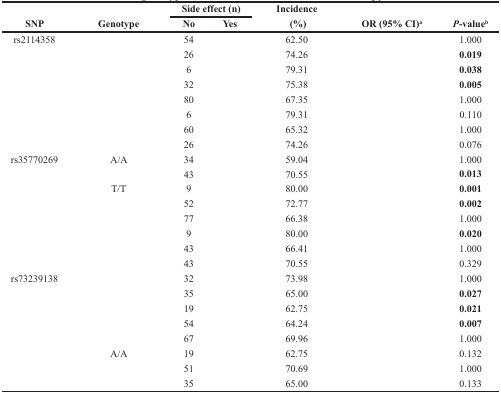
<table><thead><tr><td rowspan="2"><b>SNP</b></td><td rowspan="2"><b>Genotype</b></td><td colspan="2"><b>Side effect (n)</b></td><td rowspan="2"><b>Incidence (%)</b></td><td rowspan="2"><b>OR (95% CI)<sup>a</sup></b></td><td rowspan="2"><b><i>P</i>-value<sup>b</sup></b></td></tr><tr><td><b>No</b></td><td><b>Yes</b></td></tr></thead><tbody><tr><td>rs2114358</td><td>[EMPTY_CELL]</td><td>54</td><td>[EMPTY_CELL]</td><td>62.50</td><td>[EMPTY_CELL]</td><td>1.000</td></tr><tr><td>[EMPTY_CELL]</td><td>[EMPTY_CELL]</td><td>26</td><td>[EMPTY_CELL]</td><td>74.26</td><td>[EMPTY_CELL]</td><td><b>0.019</b></td></tr><tr><td>[EMPTY_CELL]</td><td>[EMPTY_CELL]</td><td>6</td><td>[EMPTY_CELL]</td><td>79.31</td><td>[EMPTY_CELL]</td><td><b>0.038</b></td></tr><tr><td>[EMPTY_CELL]</td><td>[EMPTY_CELL]</td><td>32</td><td>[EMPTY_CELL]</td><td>75.38</td><td>[EMPTY_CELL]</td><td><b>0.005</b></td></tr><tr><td>[EMPTY_CELL]</td><td>[EMPTY_CELL]</td><td>80</td><td>[EMPTY_CELL]</td><td>67.35</td><td>[EMPTY_CELL]</td><td>1.000</td></tr><tr><td>[EMPTY_CELL]</td><td>[EMPTY_CELL]</td><td>6</td><td>[EMPTY_CELL]</td><td>79.31</td><td>[EMPTY_CELL]</td><td>0.110</td></tr><tr><td>[EMPTY_CELL]</td><td>[EMPTY_CELL]</td><td>60</td><td>[EMPTY_CELL]</td><td>65.32</td><td>[EMPTY_CELL]</td><td>1.000</td></tr><tr><td>[EMPTY_CELL]</td><td>[EMPTY_CELL]</td><td>26</td><td>[EMPTY_CELL]</td><td>74.26</td><td>[EMPTY_CELL]</td><td>0.076</td></tr><tr><td>rs35770269</td><td>A/A</td><td>34</td><td>[EMPTY_CELL]</td><td>59.04</td><td>[EMPTY_CELL]</td><td>1.000</td></tr><tr><td>[EMPTY_CELL]</td><td>[EMPTY_CELL]</td><td>43</td><td>[EMPTY_CELL]</td><td>70.55</td><td>[EMPTY_CELL]</td><td><b>0.013</b></td></tr><tr><td>[EMPTY_CELL]</td><td>T/T</td><td>9</td><td>[EMPTY_CELL]</td><td>80.00</td><td>[EMPTY_CELL]</td><td><b>0.001</b></td></tr><tr><td>[EMPTY_CELL]</td><td>[EMPTY_CELL]</td><td>52</td><td>[EMPTY_CELL]</td><td>72.77</td><td>[EMPTY_CELL]</td><td><b>0.002</b></td></tr><tr><td>[EMPTY_CELL]</td><td>[EMPTY_CELL]</td><td>77</td><td>[EMPTY_CELL]</td><td>66.38</td><td>[EMPTY_CELL]</td><td>1.000</td></tr><tr><td>[EMPTY_CELL]</td><td>[EMPTY_CELL]</td><td>9</td><td>[EMPTY_CELL]</td><td>80.00</td><td>[EMPTY_CELL]</td><td><b>0.020</b></td></tr><tr><td>[EMPTY_CELL]</td><td>[EMPTY_CELL]</td><td>43</td><td>[EMPTY_CELL]</td><td>66.41</td><td>[EMPTY_CELL]</td><td>1.000</td></tr><tr><td>[EMPTY_CELL]</td><td>[EMPTY_CELL]</td><td>43</td><td>[EMPTY_CELL]</td><td>70.55</td><td>[EMPTY_CELL]</td><td>0.329</td></tr><tr><td>rs73239138</td><td>[EMPTY_CELL]</td><td>32</td><td>[EMPTY_CELL]</td><td>73.98</td><td>[EMPTY_CELL]</td><td>1.000</td></tr><tr><td>[EMPTY_CELL]</td><td>[EMPTY_CELL]</td><td>35</td><td>[EMPTY_CELL]</td><td>65.00</td><td>[EMPTY_CELL]</td><td><b>0.027</b></td></tr><tr><td>[EMPTY_CELL]</td><td>[EMPTY_CELL]</td><td>19</td><td>[EMPTY_CELL]</td><td>62.75</td><td>[EMPTY_CELL]</td><td><b>0.021</b></td></tr><tr><td>[EMPTY_CELL]</td><td>[EMPTY_CELL]</td><td>54</td><td>[EMPTY_CELL]</td><td>64.24</td><td>[EMPTY_CELL]</td><td><b>0.007</b></td></tr><tr><td>[EMPTY_CELL]</td><td>[EMPTY_CELL]</td><td>67</td><td>[EMPTY_CELL]</td><td>69.96</td><td>[EMPTY_CELL]</td><td>1.000</td></tr><tr><td>[EMPTY_CELL]</td><td>A/A</td><td>19</td><td>[EMPTY_CELL]</td><td>62.75</td><td>[EMPTY_CELL]</td><td>0.132</td></tr><tr><td>[EMPTY_CELL]</td><td>[EMPTY_CELL]</td><td>51</td><td>[EMPTY_CELL]</td><td>70.69</td><td>[EMPTY_CELL]</td><td>1.000</td></tr><tr><td>[EMPTY_CELL]</td><td>[EMPTY_CELL]</td><td>35</td><td>[EMPTY_CELL]</td><td>65.00</td><td>[EMPTY_CELL]</td><td>0.133</td></tr></tbody></table>